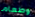
وطعام